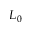
L _ { 0 }